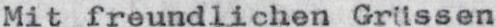
Mit freundlichen Grüssen